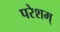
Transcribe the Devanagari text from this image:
परेशम्